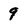
Character: 9